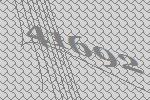
41692